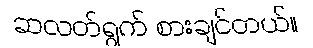
ဆလတ်ရွက် စားချင်တယ်။